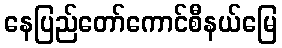
နေပြည်တော်ကောင်စီနယ်မြေ